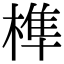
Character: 榫